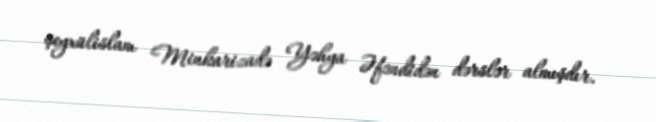
şeyxülislam Minkarizadə Yəhya Əfəndidən dərslər almışdır.